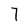
Character: 7